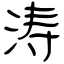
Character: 涛